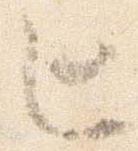
ヒ